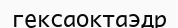
гексаоктаэдр